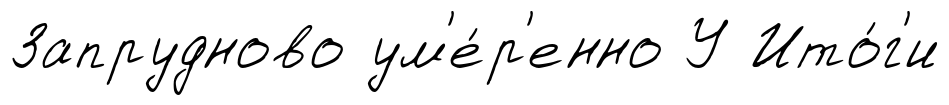
Запрудново ум'е́р'енно У Ито́г'и